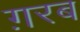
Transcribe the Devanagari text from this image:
ग़रब